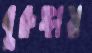
বুরুঙ্গায়